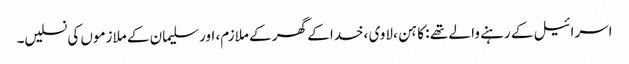
اسرائیل کے رہنے وا لے تھے : کا ہن ، لاوی ،خدا کے گھر کے ملازم، اور سلیمان کے ملازموں کی نسلیں۔